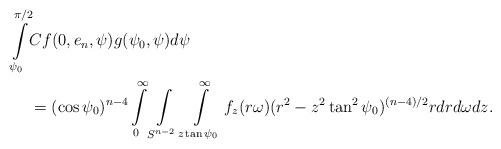
LaTeX: \begin{align*} \int\limits_{\psi_0}^{\pi/2}&Cf(0,e_n,\psi)g(\psi_0,\psi)d\psi \\ &= (\cos\psi_0)^{n-4}\int\limits_0^\infty \int\limits_{S^{n-2}}\int\limits_{z\tan\psi_0}^{\infty} f_z(r\omega)(r^2-z^2\tan^2\psi_0)^{(n-4)/2}r dr d\omega dz.\end{align*}